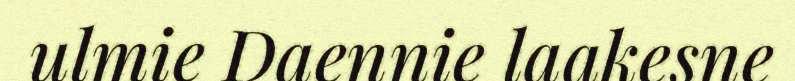
ulmie Daennie laakesne